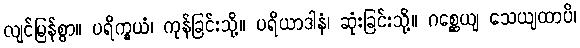
လျင်မြန်စွာ။ ပရိက္ခယံ၊ ကုန်ခြင်းသို့။ ပရိယာဒါနံ၊ ဆုံးခြင်းသို့။ ဂစ္ဆေယျ သေယျထာပိ၊